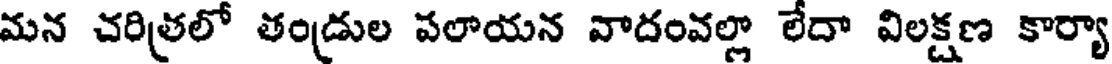
మన చరిత్రలో తండ్రుల పలాయన వాదంవల్లా లేదా విలక్షణ కార్యా